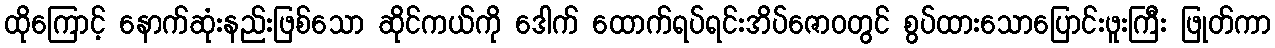
ထိုကြောင့် နောက်ဆုံးနည်းဖြစ်သော ဆိုင်ကယ်ကို ဒေါက် ထောက်ရပ်ရင်းအိပ်ဇောဝတွင် စွပ်ထားသောပြောင်းဖူးကြီး ဖြုတ်ကာ